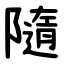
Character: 隨